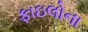
ફાઇલોના